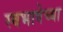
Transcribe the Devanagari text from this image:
स्वभाषेच्या